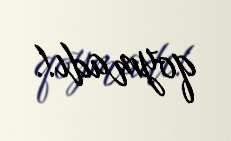
qoymadı!.